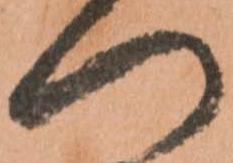
つ